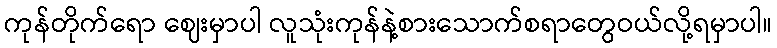
ကုန်တိုက်ရော ဈေးမှာပါ လူသုံးကုန်နဲ့စားသောက်စရာတွေဝယ်လို့ရမှာပါ။